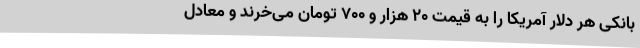
بانکی هر دلار آمریکا را به قیمت 20 هزار و 700 تومان می‌خرند و معادل